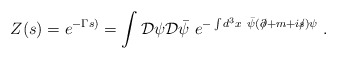
\begin{align*}Z(s)=e^{-\Gamma s)}=\int {\cal D}\psi {\cal D}\bar{\psi}~e^{-\int d^3x~\bar{\psi}(\partial \!\!\!/+m+is\!\!\!/)\psi }\;. \end{align*}